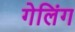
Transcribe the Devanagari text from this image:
गेलिंग